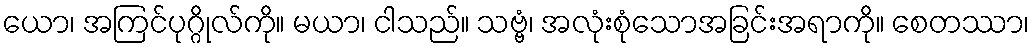
ယော၊ အကြင်ပုဂ္ဂိုလ်ကို။ မယာ၊ ငါသည်။ သဗ္ဗံ၊ အလုံးစုံသောအခြင်းအရာကို။ စေတဿာ၊